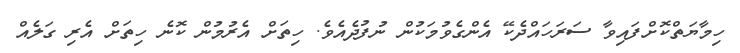
ހިމާޔަތްކޮށްފައިވާ ސަރަހައްދެކޭ އެންގެވުމަކުން ނުފުދެއެވެ. ހިތަށް އެރުމުން ކޮނެ ހިތަށް އެރި ގަލެއް